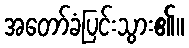
အတော်ခံပြင်းသွား၏။